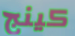
كينج